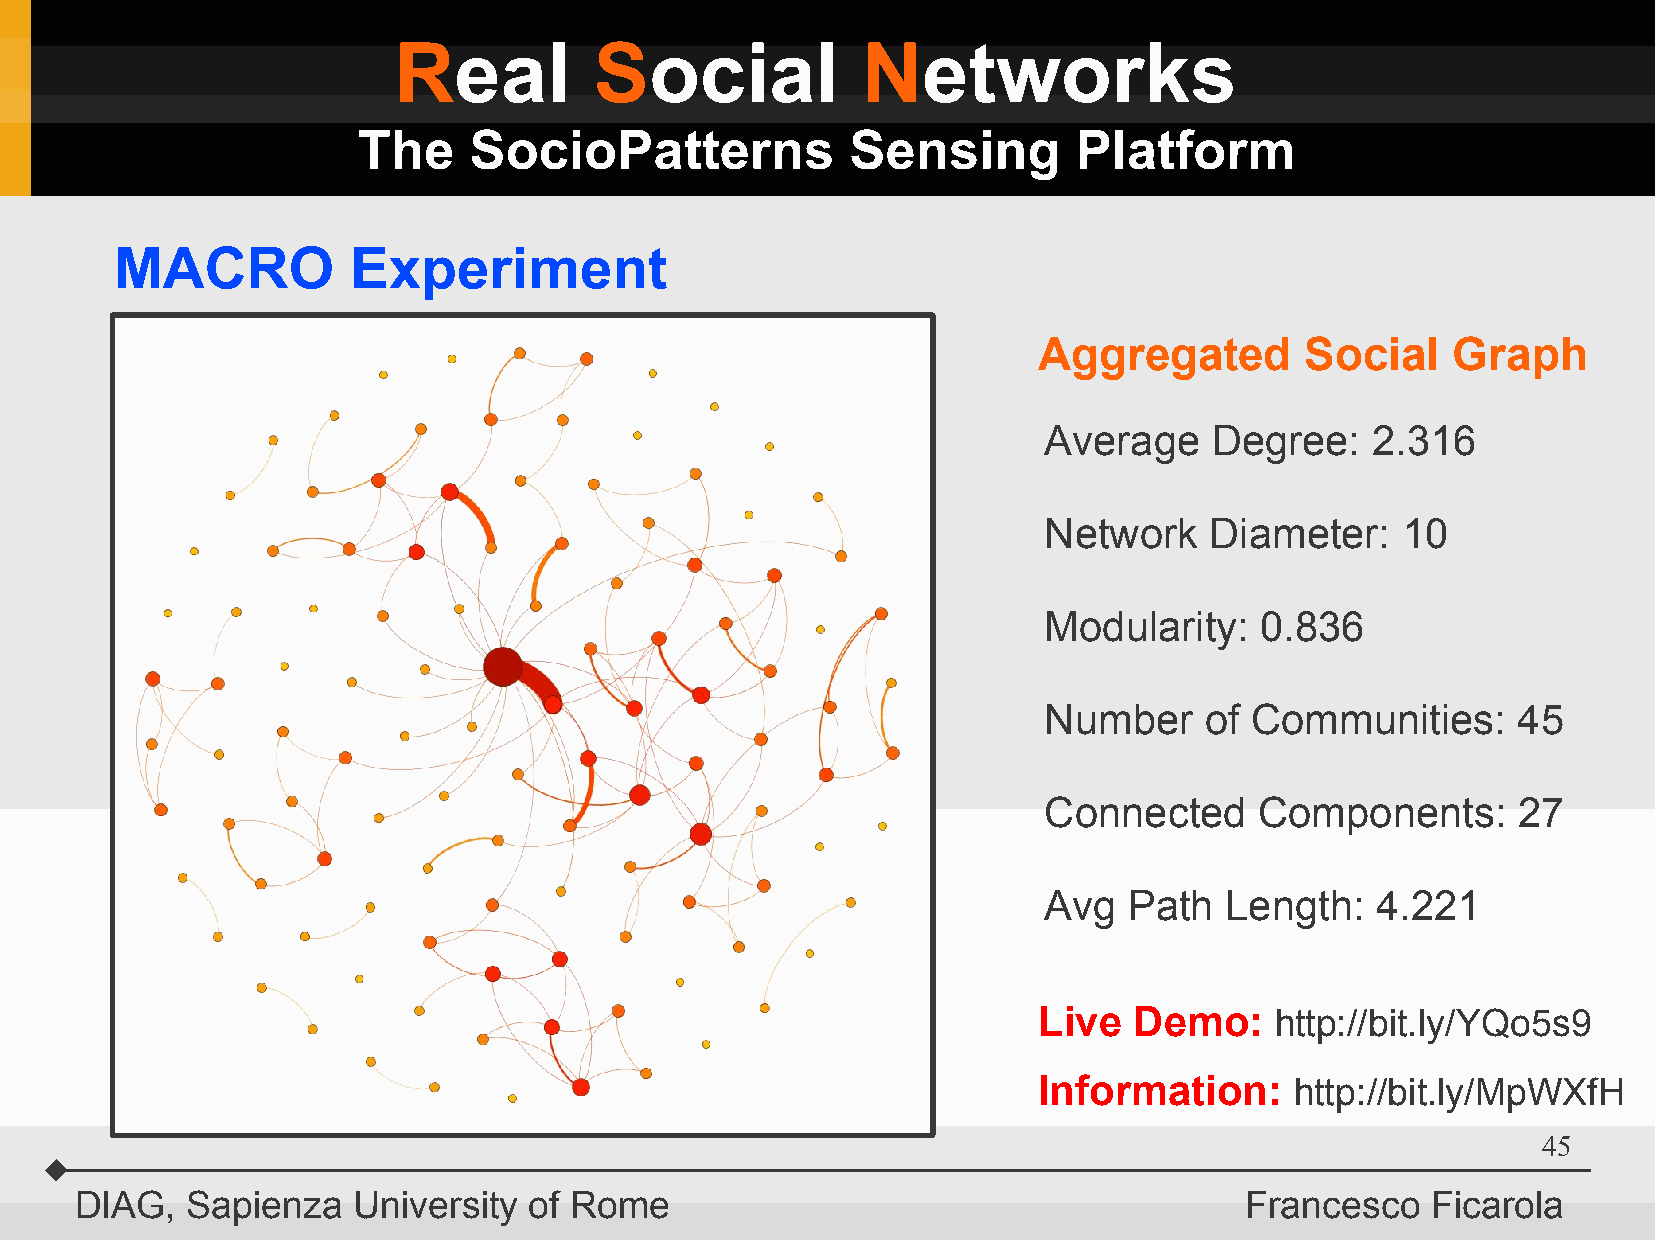
Real         Social            Networks
 The    SocioPatterns            Sensing        Platform
 MACRO          Experiment
 Aggregated       Social    Graph
 Average    Degree:    2.316
 Network    Diameter:    10
 Modularity:   0.836
 Number     of Communities:     45
 Connected     Components:      27
 Avg   Path  Length:   4.221
 Live  Demo:    http://bit.ly/YQo5s9
 Information:     http://bit.ly/MpWXfH
 45
 DIAG,  Sapienza   University  of Rome                                        Francesco    Ficarola